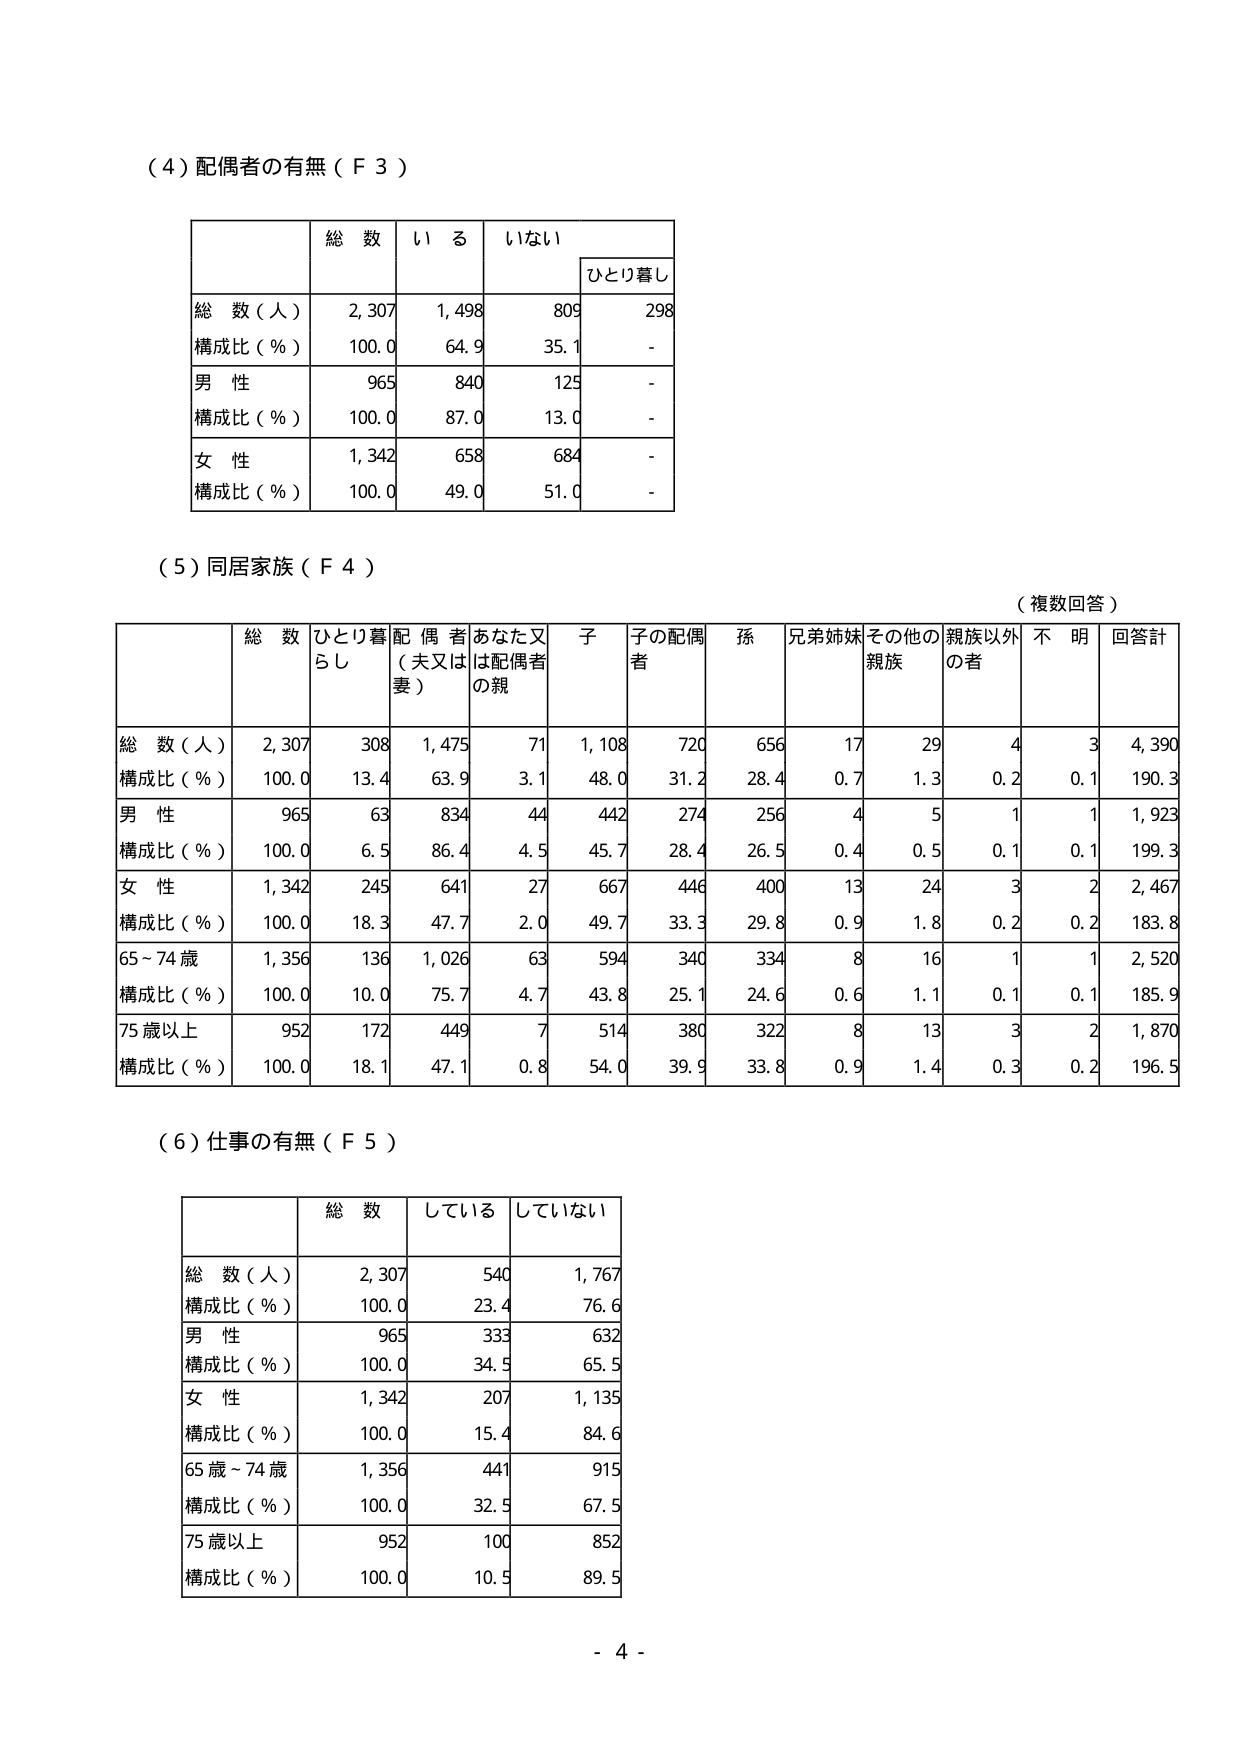
（４）配偶者の有無（Ｆ３）

| | 総 数 | いる | いない | ひとり暮らし |
|---|---|---|---|---|
| 総 数（人） | 2,307 | 1,498 | 809 | 298 |
| 構成比（％） | 100.0 | 64.9 | 35.1 | - |
| 男 性 | 965 | 840 | 125 | - |
| 構成比（％） | 100.0 | 87.0 | 13.0 | - |
| 女 性 | 1,342 | 658 | 684 | - |
| 構成比（％） | 100.0 | 49.0 | 51.0 | - |

（５）同居家族（Ｆ４）

（複数回答）

| | 総 数 | ひとり暮らし | 配 偶 者（夫又は妻） | あなた又は配偶者の親 | 子 | 子の配偶者 | 孫 | 兄弟姉妹 | その他の親族 | 親族以外の者 | 不 明 | 回答計 |
|---|---|---|---|---|---|---|---|---|---|---|---|---|
| 総 数（人） | 2,307 | 308 | 1,475 | 71 | 1,108 | 720 | 656 | 17 | 29 | 4 | 3 | 4,390 |
| 構成比（％） | 100.0 | 13.4 | 63.9 | 3.1 | 48.0 | 31.2 | 28.4 | 0.7 | 1.3 | 0.2 | 0.1 | 190.3 |
| 男 性 | 965 | 63 | 834 | 44 | 442 | 274 | 256 | 4 | 5 | 1 | 1 | 1,923 |
| 構成比（％） | 100.0 | 6.5 | 86.4 | 4.5 | 45.7 | 28.4 | 26.5 | 0.4 | 0.5 | 0.1 | 0.1 | 199.3 |
| 女 性 | 1,342 | 245 | 641 | 27 | 667 | 446 | 400 | 13 | 24 | 3 | 2 | 2,467 |
| 構成比（％） | 100.0 | 18.3 | 47.7 | 2.0 | 49.7 | 33.3 | 29.8 | 0.9 | 1.8 | 0.2 | 0.2 | 183.8 |
| 65～74 歳 | 1,356 | 136 | 1,026 | 63 | 594 | 340 | 334 | 8 | 16 | 1 | 1 | 2,520 |
| 構成比（％） | 100.0 | 10.0 | 75.7 | 4.7 | 43.8 | 25.1 | 24.6 | 0.6 | 1.1 | 0.1 | 0.1 | 185.9 |
| 75 歳以上 | 952 | 172 | 449 | 7 | 514 | 380 | 322 | 8 | 13 | 3 | 2 | 1,870 |
| 構成比（％） | 100.0 | 18.1 | 47.1 | 0.8 | 54.0 | 39.9 | 33.8 | 0.9 | 1.4 | 0.3 | 0.2 | 196.5 |

（６）仕事の有無（Ｆ５）

| | 総 数 | している | していない |
|---|---|---|---|
| 総 数（人） | 2,307 | 540 | 1,767 |
| 構成比（％） | 100.0 | 23.4 | 76.6 |
| 男 性 | 965 | 333 | 632 |
| 構成比（％） | 100.0 | 34.5 | 65.5 |
| 女 性 | 1,342 | 207 | 1,135 |
| 構成比（％） | 100.0 | 15.4 | 84.6 |
| 65 歳～74 歳 | 1,356 | 441 | 915 |
| 構成比（％） | 100.0 | 32.5 | 67.5 |
| 75 歳以上 | 952 | 100 | 852 |
| 構成比（％） | 100.0 | 10.5 | 89.5 |

- 4 -